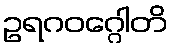
ဥရဂဝဂ္ဂေါတိ